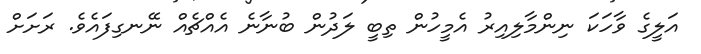
އަލީގެ ވާހަކަ ނިންމާލިއިރު އެމީހުން ތިބީ ލަދުން ބުނާނެ އެއްޗެއް ނޭނގިފައެވެ. ރަށަށް